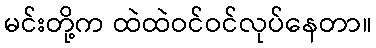
မင်းတို့က ထဲထဲဝင်ဝင်လုပ်နေတာ။